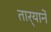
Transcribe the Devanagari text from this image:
तार्‍याने